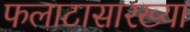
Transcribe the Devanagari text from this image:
फलाटासारख्या